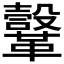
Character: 𩍤